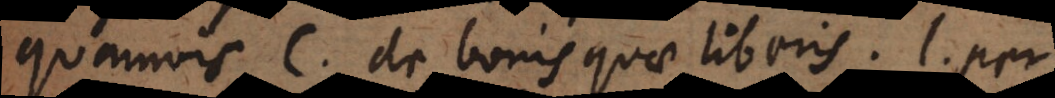
quamvis C. de bonis quae liberis. l. per